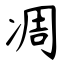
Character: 凋